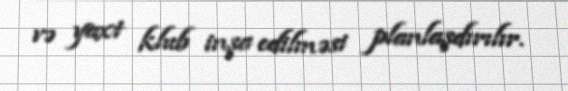
və yaxt klub inşa edilməsi planlaşdırılır.